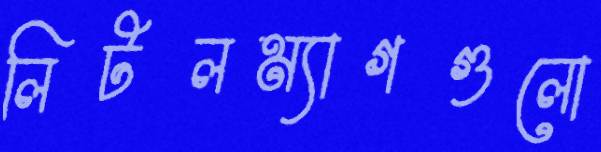
লিটলম্যাগগুলো